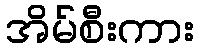
အိမ်စီးကား